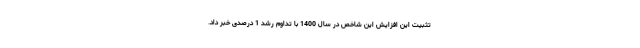
تثبیت این افزایش این شاخص در سال 1400 با تداوم رشد 1 درصدی خبر داد.